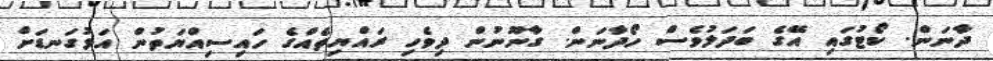
ދާނަން. ކޯޓުގައި އޭގެ ބަދަލުވެސް ހޯދާނަން. ގާނޫނުން ދިވެހި ރައްޔިތެއްގެ ހައިސިއްްޔަތުން އަޅުގަނޑަށް